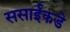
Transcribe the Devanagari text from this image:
ससाईंकडे